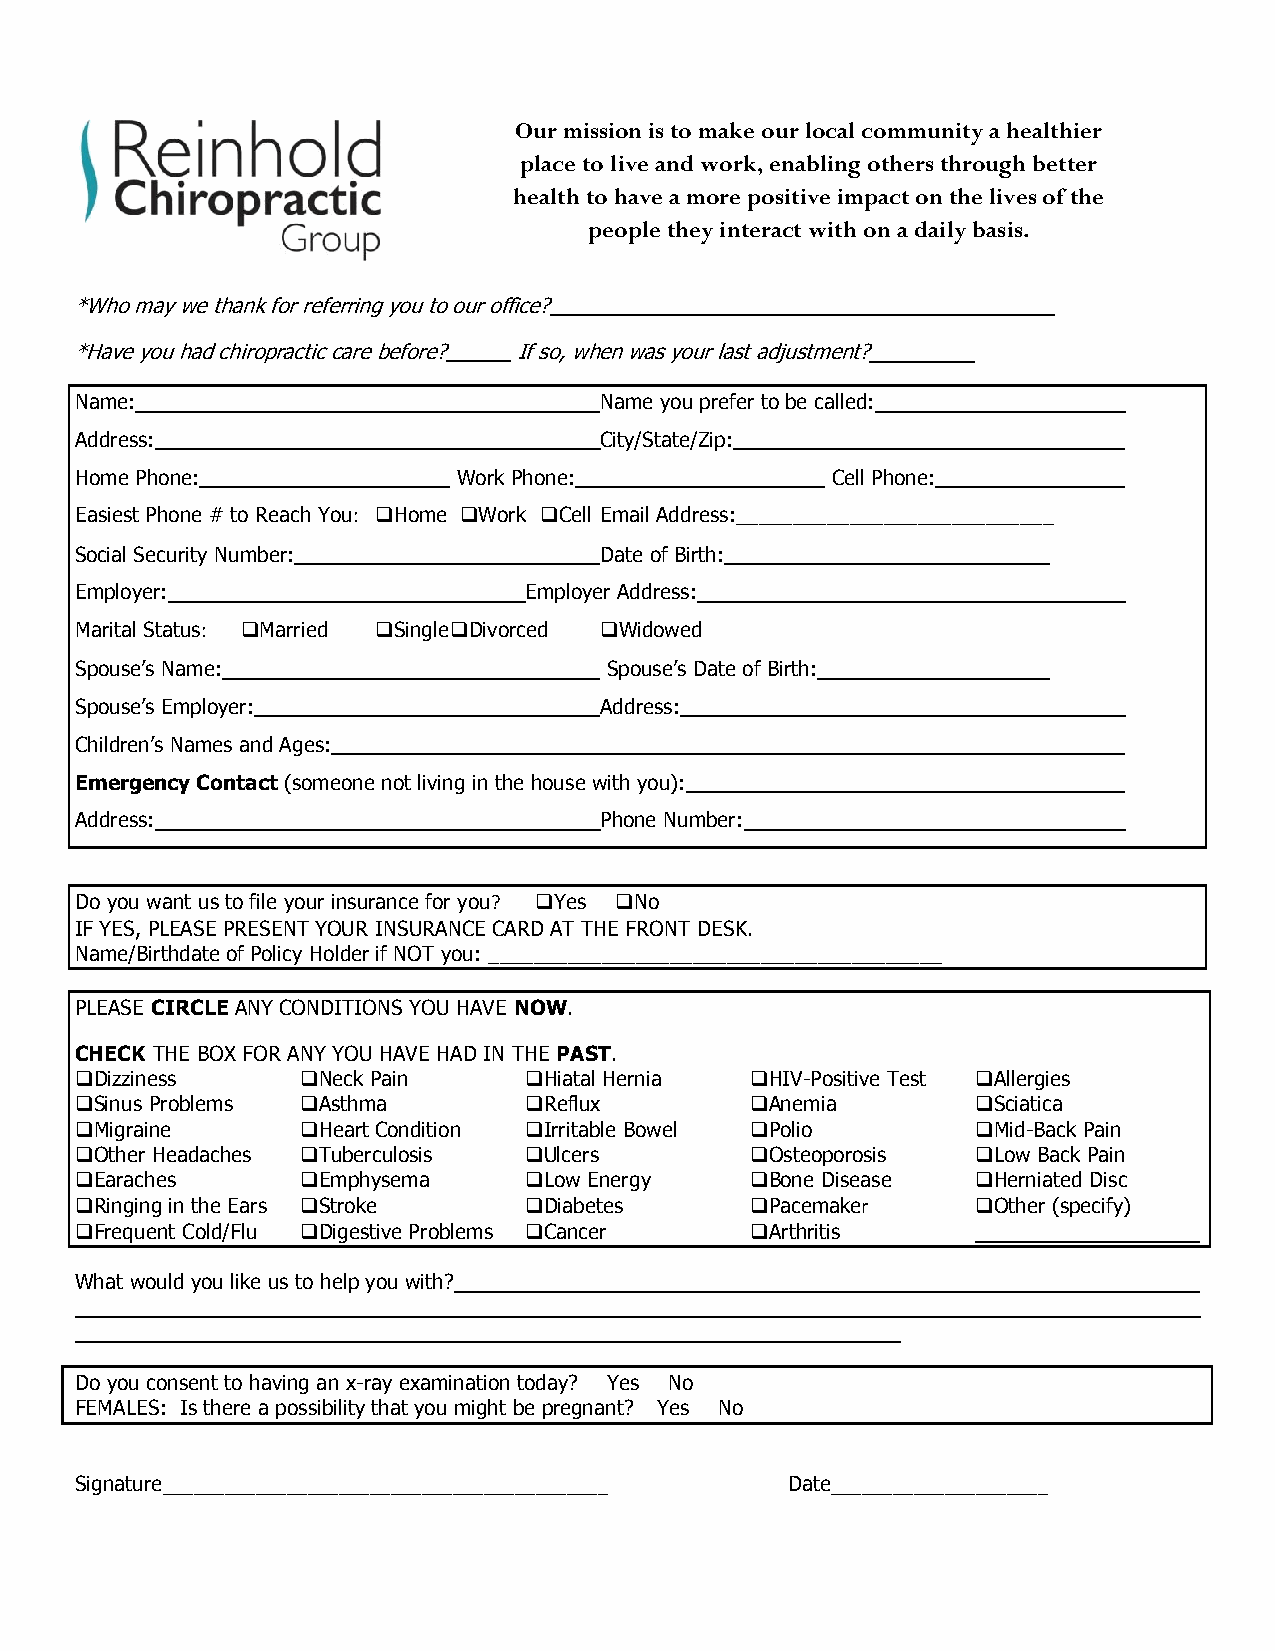
Our mission is to make our local community a healthier
 place to live and work, enabling others through better
 health to have a more positive impact on the lives of the
 people they interact with on a daily basis.
 *Who may we thank for referring you to our office? ___     _______
 *Have you had chiropractic care before? ____ If so, when was your last adjustment? ____
 Name:                              Name you prefer to be called:
 Address:                           City/State/Zip:
 Home Phone:              Work Phone:              Cell Phone:
 Easiest Phone # to Reach You: Home Work Cell Email Address:____________________________
 Social Security Number:            Date of Birth:
 Employer:                     Employer Address:
 Marital Status: Married Single Divorced Widowed
 Spouse’s Name:                     Spouse’s Date of Birth:
 Spouse’s Employer:                 Address:
 Children’s Names and Ages:
 Emergency Contact (someone not living in the house with you):
 Address:                           Phone Number:
 Do you want us to file your insurance for you? Yes No
 IF YES, PLEASE PRESENT YOUR INSURANCE CARD AT THE FRONT DESK.
 Name/Birthdate of Policy Holder if NOT you: ________________________________________
 PLEASE CIRCLE ANY CONDITIONS YOU HAVE NOW.
 CHECK THE BOX FOR ANY YOU HAVE HAD IN THE PAST.
 Dizziness     Neck Pain     Hiatal Hernia HIV-Positive Test Allergies
 Sinus Problems Asthma       Reflux        Anemia        Sciatica
 Migraine      Heart Condition Irritable Bowel Polio     Mid-Back Pain
 Other Headaches Tuberculosis Ulcers       Osteoporosis  Low Back Pain
 Earaches      Emphysema     Low Energy    Bone Disease  Herniated Disc
 Ringing in the Ears Stroke  Diabetes      Pacemaker     Other (specify)
 Frequent Cold/Flu Digestive Problems Cancer Arthritis
 What would you like us to help you with?
 ___
 Do you consent to having an x-ray examination today? Yes No
 FEMALES: Is there a possibility that you might be pregnant? Yes No
 Signature___________________________________________ Date_____________________